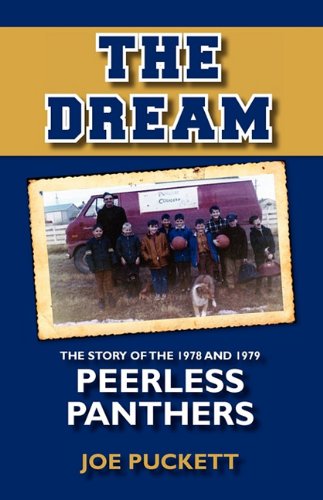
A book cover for The Dream; Joe Puckett; Sports & Outdoors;